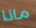
ماذا